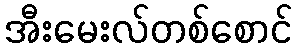
အီးမေးလ်တစ်စောင်